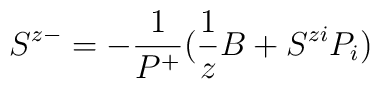
S^{z-}=-\frac{1}{P^+}(\frac{1}{z}B+S^{zi}P_i)